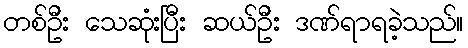
တစ်ဦး သေဆုံးပြီး ဆယ်ဦး ဒဏ်ရာရခဲ့သည်။